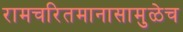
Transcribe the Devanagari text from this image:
रामचरितमानासामुळेच